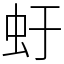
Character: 虶